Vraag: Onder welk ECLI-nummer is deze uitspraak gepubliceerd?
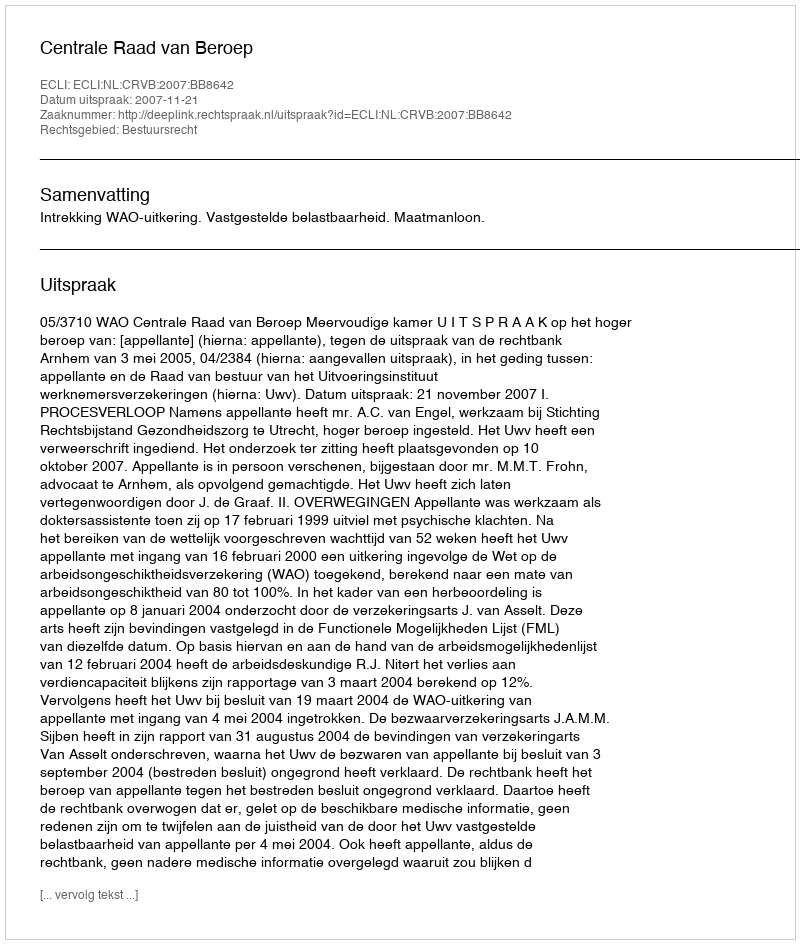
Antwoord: ECLI:NL:CRVB:2007:BB8642